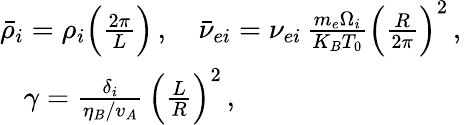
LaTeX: \begin{array}{r}{\bar{\rho}_{i}=\rho_{i}\Big(\frac{2\pi}{L}\Big)\, ,\quad\bar{\nu}_{ei}=\nu_{ei}\, \frac{m_{e}\Omega_{i}}{K_{B}T_{0}}\Big(\frac{R}{2\pi}\Big)^{2}\, ,\; }\\ {\gamma=\frac{\delta_{i}}{\eta_{B}/v_{A}}\, \Big(\frac{L}{R}\Big)^{2}\, ,\qquad\qquad\qquad\quad\quad\; }\end{array}